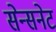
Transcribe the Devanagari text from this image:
सेन्सनेट